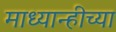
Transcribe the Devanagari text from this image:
माध्यान्हीच्या